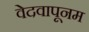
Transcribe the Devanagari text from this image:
वेदवापूनम